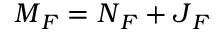
\= M _ { \/ F } = \= N _ { \/ F } + \= J _ { \/ F }